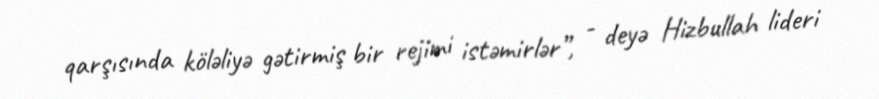
qarşısında köləliyə gətirmiş bir rejimi istəmirlər”, - deyə Hizbullah lideri